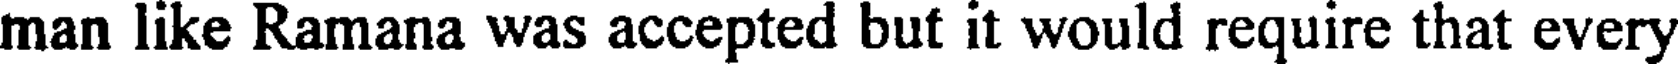
man like Ramana was accepted but it would require that every